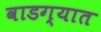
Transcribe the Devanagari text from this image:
वाडग्यात